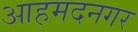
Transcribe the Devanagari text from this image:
आहमदनगर